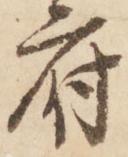
府